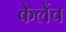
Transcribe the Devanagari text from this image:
केलेंच